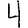
Digit: 4